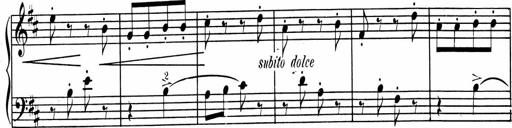
Title: 1Ã¨re Sonatine
Composer: FrÃ©dÃ©ric Binet